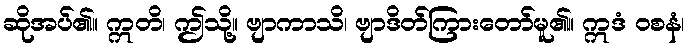
ဆိုအပ်၏။ ဣတိ၊ ဤသို့။ ဗျာကာသိ၊ ဗျာဒိတ်ကြားတော်မူ၏။ ဣဒံ ဝစနံ၊